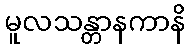
မူလသန္တာနကာနိ